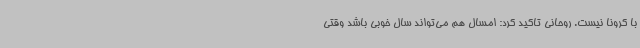
با کرونا نیست. روحانی تاکید کرد: امسال هم می‌تواند سال خوبی باشد وقتی